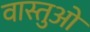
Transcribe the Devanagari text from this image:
वास्तुओ